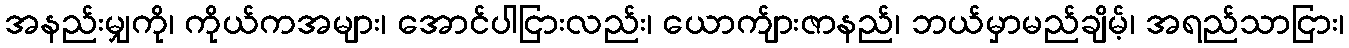
အနည်းမျှကို၊ ကိုယ်ကအများ၊ အောင်ပါငြားလည်း၊ ယောက်ျားဇာနည်၊ ဘယ်မှာမည်ချိမ့်၊ အရည်သာငြား၊